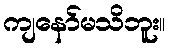
ကျနော်မသိဘူး။